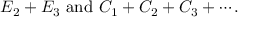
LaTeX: E _ { 2 } + E _ { 3 } { \mathrm { ~ a n d ~ } } C _ { 1 } + C _ { 2 } + C _ { 3 } + \cdots .